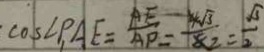
\cos \angle P _ { 1 } A E = \frac { A E } { A P } = \frac { 4 \sqrt { 3 } } { 8 } = \frac { \sqrt { 3 } } { 2 }